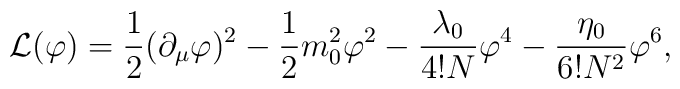
{\cal L}(\varphi)=\frac{1}{2} (\partial_{\mu} \varphi)^2-\frac{1}{2}m_{0}^2\varphi^2-\frac{\lambda_0}{4!N} \varphi^4- \frac{\eta_0}{6! N^2}\varphi^6,